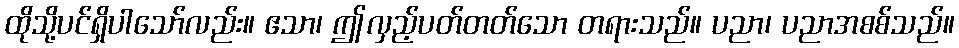
ထိုသို့ပင်ရှိပါသော်လည်း။ ဧသာ၊ ဤလှည့်ပတ်တတ်သော တရားသည်။ ပညာ၊ ပညာအစစ်သည်။